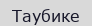
Таубике